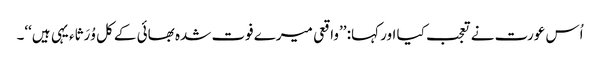
اُس عورت نے تعجب کیا اور کہا: ’’واقعی میرے فوت شدہ بھائی کے کل وُرَثاء یہی ہیں‘‘۔